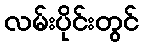
လမ်းပိုင်းတွင်